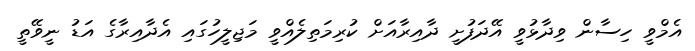
އެމްވީ ހިސާން ވިދާޅުވީ އޭދަފުށީ ދާއިރާއަށް ކުރިމަތިލެއްވީ މަޖިލީހުގައި އެދާއިރާގެ އަޑު ނީވޭތީ